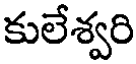
కులేశ్వరి